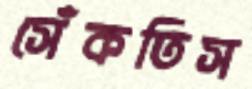
সেঁকতিস